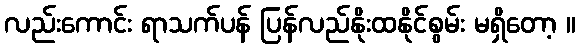
လည်းကောင်း ရာသက်ပန် ပြန်လည်နိုးထနိုင်စွမ်း မရှိတော့ ။